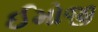
ઈમોજી